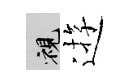
視逰